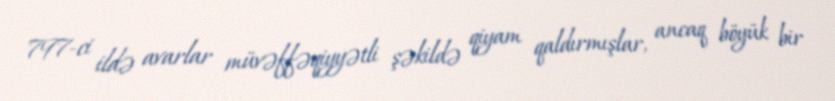
797-ci ildə avarlar müvəffəqiyyətli şəkildə qiyam qaldırmışlar, ancaq böyük bir